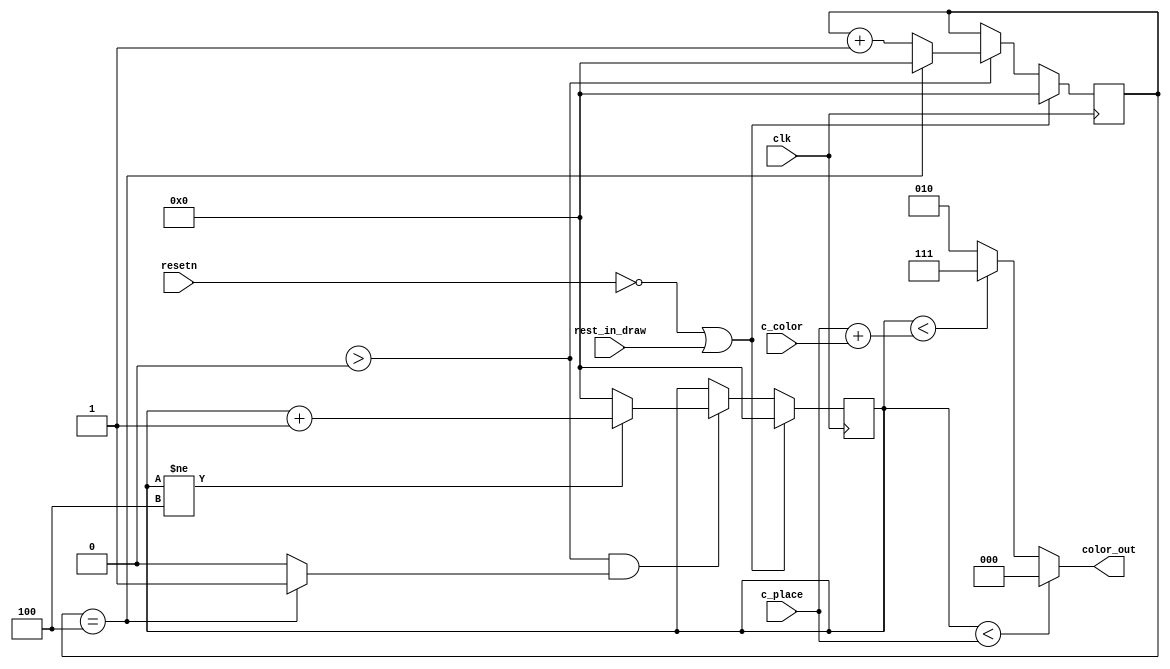
module feedback(
	output reg [2:0]color_out,
	input [2:0]c_place,
	input [2:0]c_color,
	input clk,
	input resetn,
	input rest_in_draw
	);

	reg [4:0]stay_in_draw;
	reg [3:0] x_counter, y_counter; // To draw 5x5 pegs
	/*
	always @(*)
		begin
			if(c_place > 0)
				color_out <= 3'b000;
			else if(c_color > 0)
				color_out <= 3'b111;
			else
				color_out <= 3'b010;
		end
	*/	
	localparam black = 3'b000,
					white = 3'b111,
					green = 3'b010;
	
	always @(*)begin
		if(y_counter < c_place)
			color_out <= black;
		else if(y_counter < (c_place + c_color))
			color_out <= white;
		else
			color_out <= green;
	end
	
				// x counter
	always @(posedge clk) begin
		if (!resetn || rest_in_draw)
					x_counter <= 3'd0;
		else if (stay_in_draw > 5'd0) 
			begin
				if (x_counter == 3'd4)
						x_counter <= 3'd0;
				else
					x_counter <= x_counter + 1'd1;
			end
		
	end
	
	assign movedown = (x_counter == 3'd4) ? 1:0;
	
	// y counter
	always @(posedge clk) 
		begin
			if(!resetn || rest_in_draw)
					y_counter <= 3'd0;
			else if (stay_in_draw > 5'd0 && movedown) 
				begin
					if (y_counter != 3'd4)begin
						y_counter <= y_counter + 1'd1;
						end
					else
						y_counter <= 3'b00;	
				end
		end 
				/*	
	reg [2:0] correct_place; //Hold the number of correct places
	reg [2:0] correct_color; //Hold the number of correct colors
	reg [2:0] current_state, next_state; //Keep track of FSM states
	reg [4:0] time_counter; //Count the time to stay in each state for at least 16 cycles
	
	localparam draw_one = 3'b000,
				  draw_two = 3'b001,
				  draw_three = 3'b011,
				  draw_four = 3'b111,
				  draw_five = 3'b110;
	
	reg draw_next; //Move on to the next draw state
	
	//State Table, we will have 5 states, draw corresponding feedback in each
	always @(*)
		begin
			case(current_state)
				draw_one: next_state <= draw_next ? draw_two:draw_one;
				draw_two: next_state <= draw_next ? draw_three:draw_two;
				draw_three: next_state <= draw_next ? draw_four:draw_three;
				draw_four: next_state <= draw_next ? draw_five:draw_four;
				draw_five: next_state <= draw_next ? draw_one:draw_five;
				default: next_state <= draw_one;
			endcase
		end
	
	//Output Table for x value and color
	always @(*)
		begin
			if (current_state == draw_one)begin
				x_out <= 8'd128;
				if(correct_place > 0)begin
					color_out <= 3'b000; //Draw black
					correct_place <= correct_place -1;
				end
				else if(correct_color > 0) begin
					color_out <= 3'b111; //Draw White
					correct_color <= correct_color -1;
				end
				else
					color_out <= 3'b100; // Draw Red
			end
			else if (current_state == draw_two)begin
				x_out <= 8'd133;
				if(correct_place > 0)begin
					color_out <= 3'b000; //Draw black
					correct_place <= correct_place -1;
				end
				else if(correct_color > 0) begin
					color_out <= 3'b111; //Draw White
					correct_color <= correct_color -1;
				end
				else
					color_out <= 3'b100; // Draw Red
			end
			else if (current_state == draw_three)begin
				x_out <= 8'd138;
				if(correct_place > 0)begin
					color_out <= 3'b000; //Draw black
					correct_place <= correct_place -1;
				end
				else if(correct_color > 0) begin
					color_out <= 3'b111; //Draw White
					correct_color <= correct_color -1;
				end
				else
					color_out <= 3'b100; // Draw Red
			end	
			else if (current_state == draw_four)begin
				x_out <= 8'd143;
				if(correct_place > 0)begin
					color_out <= 3'b000; //Draw black
					correct_place <= correct_place -1;
				end
				else if(correct_color > 0) begin
					color_out <= 3'b111; //Draw White
					correct_color <= correct_color -1;
				end
				else
					color_out <= 3'b100; // Draw Red
			end	
			else if (current_state == draw_five)begin
				x_out <= 8'd148;
				if(correct_place > 0)begin
					color_out <= 3'b000; //Draw black
					correct_place <= correct_place -1;
				end
				else if(correct_color > 0) begin
					color_out <= 3'b111; //Draw White
					correct_color <= correct_color -1;
				end
				else
					color_out <= 3'b010; // Draw Green for no rights
			end
		end
	
	//The counter	
	always @(posedge clk)
		begin
			if(!resetn)begin
				draw_next <= 0;
				time_counter <= 5'd16;
			end
			else if(time_counter == 0)begin
				draw_next <= 1;
				time_counter <= 5'd16;
				end
			else begin
				draw_next <= 0;
				time_counter <= time_counter - 1;
			end
		end
		
		
	always @(posedge clk)
		if(!resetn)begin
			current_state <= draw_one;
			end
		else
			current_state <= next_state;
*/
			endmodule